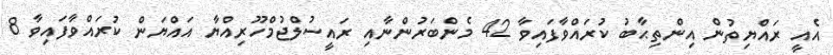
އެއީ ރައްޔިތުން އިންތިޙާބު ކުރައްވާފައިވާ 42 މެންބަރުންނާއި ރައީސުލްޖުމްހޫރިއްޔާ އައްޔަން ކުރައްވާފައިވާ 8